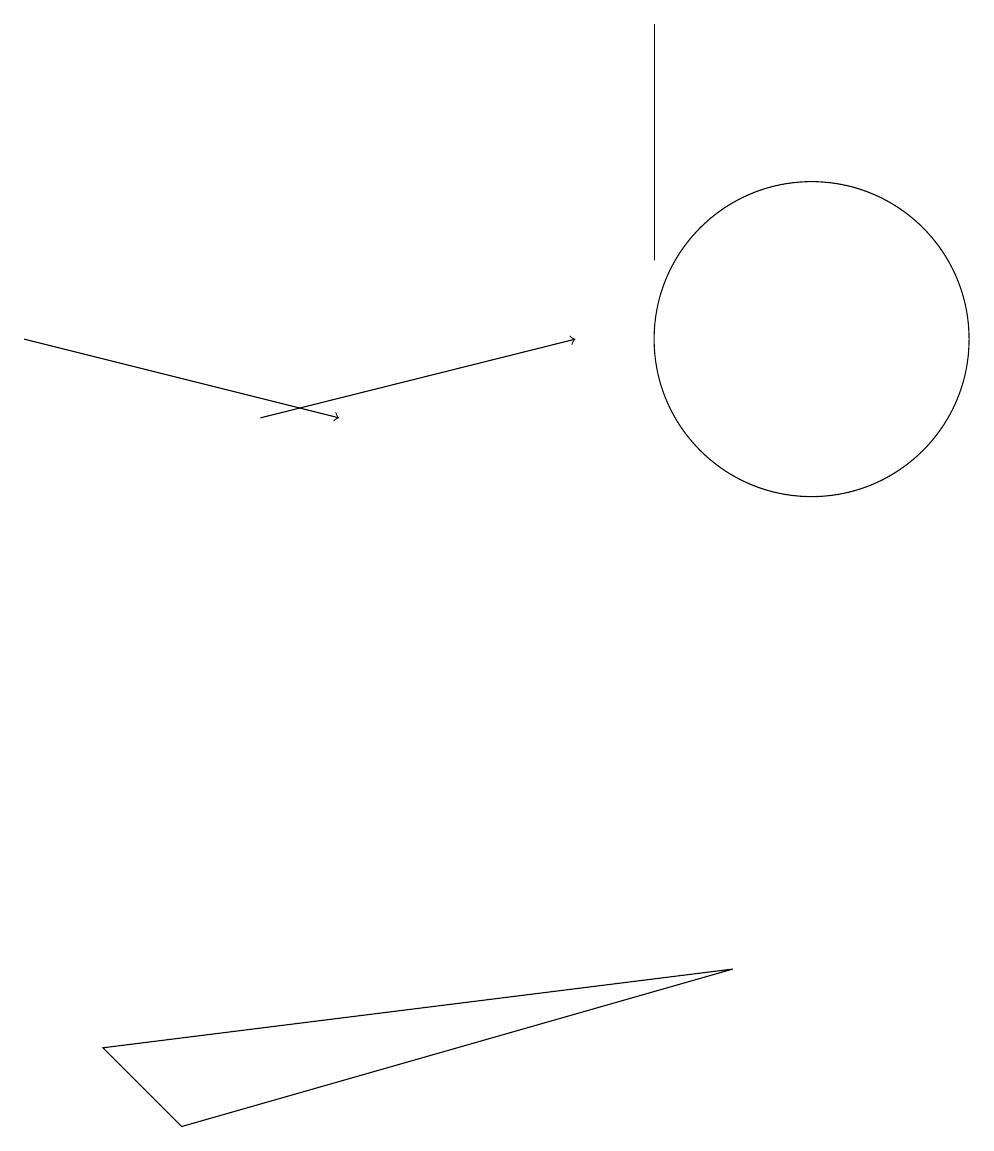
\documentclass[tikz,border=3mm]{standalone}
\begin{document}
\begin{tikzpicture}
\draw[->] (3,10) -- (7,11);
\draw (2,1) -- (1,2) -- (9,3) -- cycle;
\draw (10,11) circle (2);
\draw (8,15) rectangle (8,12);
\draw[->] (0,11) -- (4,10);
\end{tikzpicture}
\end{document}